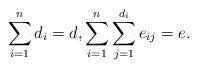
LaTeX: \begin{align*}\sum_{i=1}^{n}d_i=d, \sum_{i=1}^{n} \sum_{j=1}^{d_i} e_{ij}=e. \end{align*}